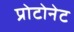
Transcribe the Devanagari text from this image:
प्रोटोनेट